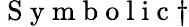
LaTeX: \mathrm{~S~y~m~b~o~l~i~c~}{\dagger}